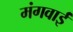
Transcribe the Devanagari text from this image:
मंगवाईं